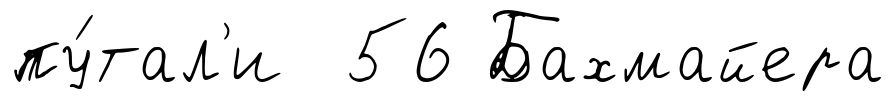
пу́тал'и 56 Бахмайера